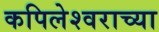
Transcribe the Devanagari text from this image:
कपिलेश्वराच्या